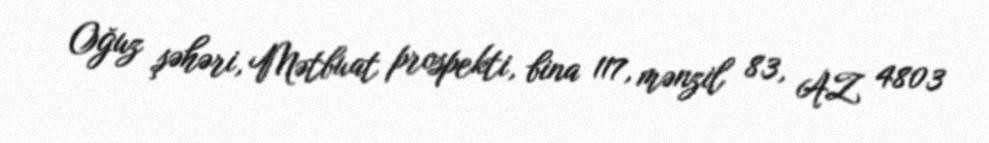
Oğuz şəhəri, Mətbuat prospekti, bina 117, mənzil 83, AZ 4803